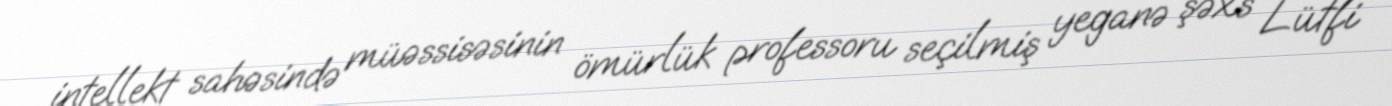
intellekt sahəsində müəssisəsinin ömürlük professoru seçilmiş yeganə şəxs Lütfi